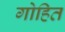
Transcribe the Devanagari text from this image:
गोहित